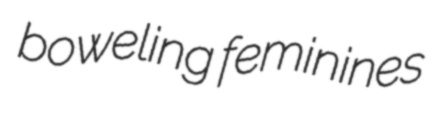
boweling feminines